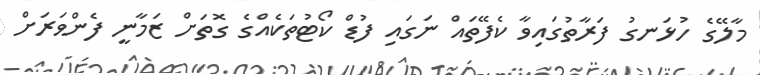
މާލޭގެ ހުޅަނގު ފަރާތުގައިވާ ކެފޭތައް ނަގައި ފުޑް ކޯޓުތަކެއްގެ ގޮތަށް ޒަމާނީ ފެންވަރަށް